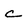
Character: c